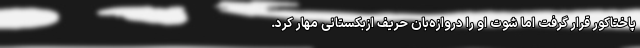
پاختاکور قرار گرفت اما شوت او را دروازه‌بان حریف ازبکستانی مهار کرد.